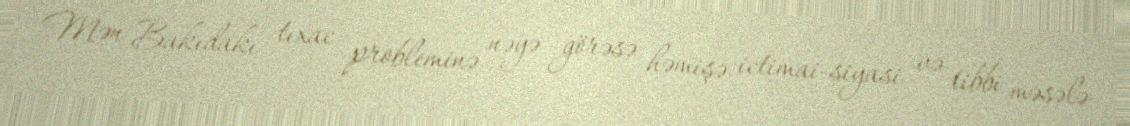
Mən Bakıdakı tıxac probleminə nəyə görəsə həmişə ictimai-siyasi və tibbi məsələ